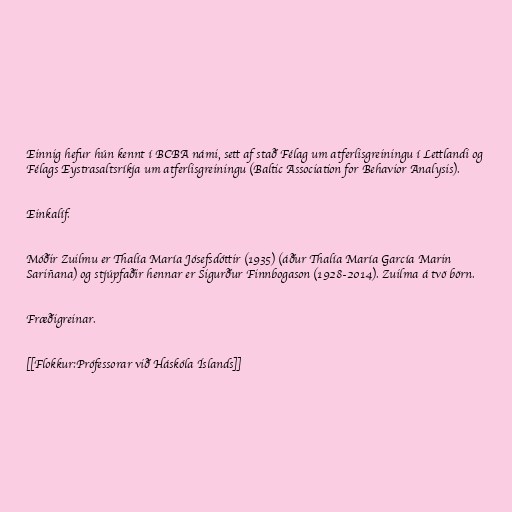
Einnig hefur hún kennt í BCBA námi, sett af stað Félag um atferlisgreiningu í Lettlandi og
Félags Eystrasaltsríkja um atferlisgreiningu (Baltic Association for Behavior Analysis).

Einkalíf.

Móðir Zuilmu er Thalía María Jósefsdóttir (1935) (áður Thalía María García Marin
Sariñana) og stjúpfaðir hennar er Sigurður Finnbogason (1928-2014). Zuilma á tvö börn.

Fræðigreinar.

[[Flokkur:Prófessorar við Háskóla Íslands]]